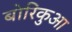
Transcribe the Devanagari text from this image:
बोरिकुआ